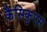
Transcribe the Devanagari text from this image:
कैसिकुएस